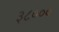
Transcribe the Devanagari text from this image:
३८०००